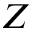
Z